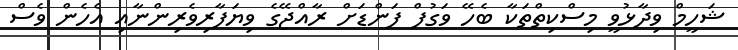
ޝަހީމް ވިދާޅުވީ މިސްކިތްތަކާ ބެހޭ ވަގުފް ފަންޑަށް ރާއްޖޭގެ ވިޔަފާރިވެރިންނާއި އެހެން ވެސް